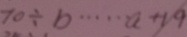
7 0 \div b \cdots a + 1 9